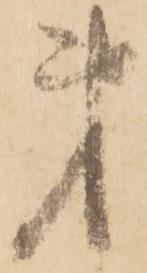
第